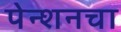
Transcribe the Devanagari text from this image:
पेन्शनचा